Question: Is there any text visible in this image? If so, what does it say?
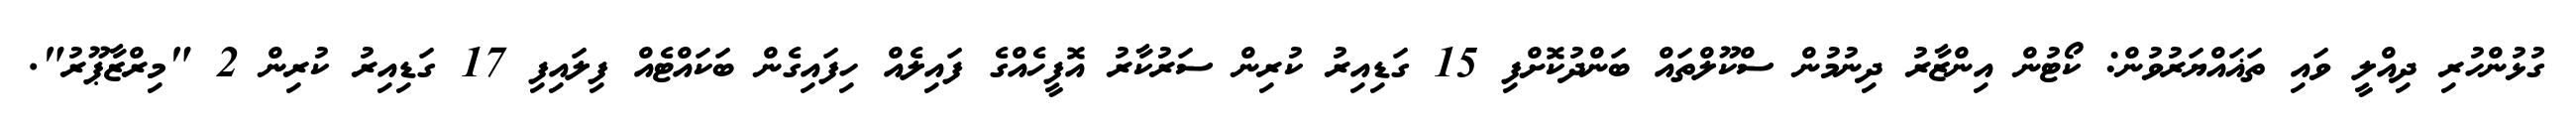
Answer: ގުޅުންހުރި ދިއްލީ ވައި ތަޣައްޔަރުވުން: ކޯޓުން އިންޒާރު ދިނުމުން ސްކޫލްތައް ބަންދުކޮށްފި 15 ގަޑިއިރު ކުރިން ސަރުކާރު އޮފީހެއްގެ ފައިލެއް ހިފައިގެން ބަކައްޓެއް ފިލައިފި 17 ގަޑިއިރު ކުރިން 2 "މިރްޒާޕޫރު".